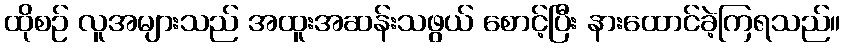
ထိုစဉ် လူအများသည် အထူးအဆန်းသဖွယ် စောင့်ပြီး နားထောင်ခဲ့ကြရသည်။